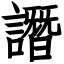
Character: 譖